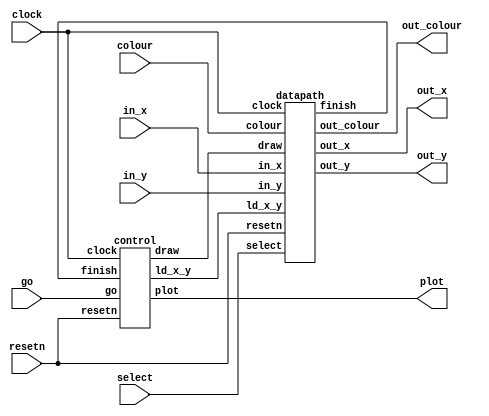
module draw_cube (clock, resetn, in_x, in_y, select,colour, go, out_x, out_y, out_colour, plot);
	input clock, resetn, go;
	input [6:0] in_x;
	input [6:0] in_y;
	input [2:0] colour;
	input [2:0] select;
	output [6:0] out_x;
	output [6:0] out_y;
	output [2:0] out_colour;
	output plot;
	
	wire ld_x_y, finish, draw;
	
	// Instansiate datapath
	datapath d0(
		.resetn(resetn),
		.clock(clock),
		.in_x(in_x),
		.in_y(in_y),
		.colour(colour),
		.select(select),
		.ld_x_y(ld_x_y),
		.draw(draw),
		
		.out_x(out_x),
		.out_y(out_y),
		.finish(finish),
		.out_colour(out_colour)
	);

    // Instansiate FSM control
   control c0(
		.clock(clock),
		.resetn(resetn),
		.go(go),
		.finish(finish),
		
		.ld_x_y(ld_x_y),
		.draw(draw),
		.plot(plot)
		);
	
endmodule

module datapath(in_x, in_y, colour, select, resetn, clock, ld_x_y, draw, out_x, out_y, out_colour, finish);
	input [6:0] in_x;
	input [6:0] in_y;
	input [2:0] colour;
	input [2:0] select;
	input resetn, clock;
	input ld_x_y, draw;
	
	output  [6:0] out_x;
	output  [6:0] out_y;
	output reg [2:0] out_colour;
	output finish;
	
	reg [6:0] x;
	reg [6:0] y;
	reg [6:0] q_x, q_y;
	reg [1:0] times;
	wire signal_y;
//	reg [6:0] x_out, y_out;
	
	always @(posedge clock)
	begin: load
		if (!resetn) begin
			x <= 0;
			y <= 0;
			out_colour = 3'b111;
			end
		else 
			begin
				if (ld_x_y) begin
					x <= in_x;
					y <= in_y;
					out_colour = colour;
					end
			end
	end
	
	
//	always @(*)
//	begin
//		case (select[2:0])
//			3'b000: x_out = 7'd9;
//			3'b011: x_out = 7'd9;
//			3'b111: x_out = 7'd79;
//			default: x_out = 7'd9;
//		endcase
//	end	
//	
	always @(posedge clock)
	begin: x_counter
		if (! resetn) begin
			q_x <= 7'd0;
			end
		else if (draw)
			begin
				if (q_x == 7'd9) begin
					q_x <= 0;
					end
				else
					q_x <= q_x + 1'b1;
			end
	end
	
	assign signal_y = (q_x == 7'd9) ? 1: 0;

	
//	always @(*)
//	begin
//		case (select[2:0])
//			3'b000: y_out = 7'd9;
//			3'b011: y_out = 7'd29;
//			3'b111: y_out = 7'd119;
//			default: y_out = 7'd9;
//		endcase
//	end

	always @(posedge clock)
	begin: y_counter
		if (! resetn) begin
			q_y <= 7'd0;
			times <= 2'b00;
			end
		else if (signal_y)
			begin
				if (q_y == 7'd9) begin
					q_y <= 0;
					times <= times + 1'b1;
					end
				else
					q_y <= q_y + 1'b1;
			end
	end
	
	assign finish = (q_y == 7'd9 & times == 2'b10) ? 1 : 0;
	
	assign out_x = x + q_x;
	assign out_y = y + q_y;
	
endmodule

module control(clock, resetn, go, finish, ld_x_y, draw, plot);
	input resetn, clock, go, finish;
	output reg ld_x_y, draw, plot;

	reg [1:0] current_state, next_state;
	
	localparam Start = 2'd0,
					Load_x_y = 2'd1,
					Draw = 2'd2;

	always @(*)
	begin: state_table
		case (current_state)
			Start: next_state = go ? Load_x_y : Start;
			Load_x_y: next_state = Draw;
			Draw: next_state = finish ? Start : Draw;
			default: next_state = Start;
		endcase
	end
	
	always @(*)
	begin: signals
		ld_x_y = 1'b0;
		draw = 1'b0;
		plot = 1'b0;
		
		case (current_state)
		Load_x_y: begin 
			ld_x_y = 1'b1;
			end
		Draw: begin
			draw = 1'b1;
			plot = 1'b1;
			end
		endcase
	end
	
always@(posedge clock)
    begin: state_FFs
        if(!resetn)
            current_state <= Start;
        else
            current_state <= next_state;
    end // state_FFS
endmodule